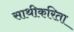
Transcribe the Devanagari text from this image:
साथीकरिता